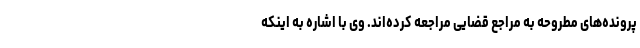
پرونده‌های مطروحه به مراجع قضایی مراجعه کرده‌اند. وی با اشاره به اینکه